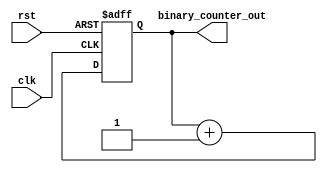
`timescale 1ns / 1ps
//////////////////////////////////////////////////////////////////////////////////
// Company: 
// Engineer: 
// 
// Design Name: 
// Module Name:    BinaryCounter 
// Project Name: 
// Target Devices: 
// Tool versions: 
// Description: 
//
// Dependencies: 
//
// Revision: 
// Revision 0.01 - File Created
// Additional Comments: 
//
//////////////////////////////////////////////////////////////////////////////////
module BinaryCounter(binary_counter_out, clk, rst);

//2bit binary counter
input clk, rst;
output reg [1:0]binary_counter_out;

always@(posedge clk or negedge rst)
begin 
	if (!rst)
		binary_counter_out <= 2'd0;
	else 
		binary_counter_out <= binary_counter_out + 1'b1;
end

endmodule